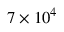
7 \times 1 0 ^ { 4 }